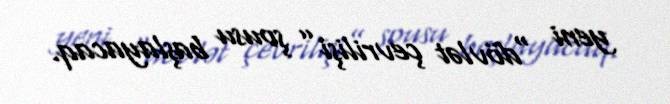
yeni “dövlət çevrilişi” şousu başlayacaq.